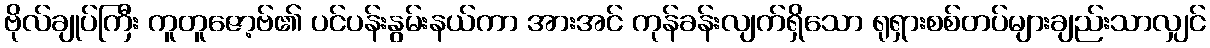
ဗိုလ်ချုပ်ကြီး ကူတူဇော့ဗ်၏ ပင်ပန်းနွမ်းနယ်ကာ အားအင် ကုန်ခန်းလျက်ရှိသော ရုရှားစစ်တပ်များချည်းသာလျှင်